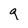
Character: q